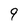
Character: 9